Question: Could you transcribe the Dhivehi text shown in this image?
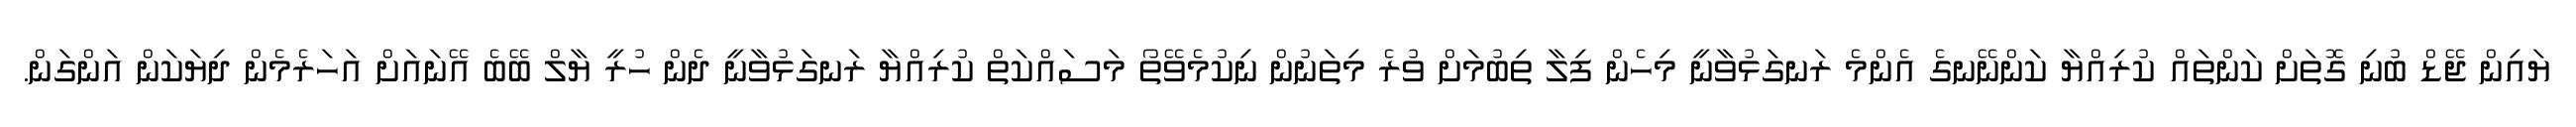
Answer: ޔައިން ޖޭޑް ބުނި ގޮތަށް ކަންތައް ކުރިއްޔާ ކަންނޭނގެ އެންމެ ރަނގަޅުވާނީ މިހެން ފިލާ ތިބުމަށް ވުރެ މިތަނުން ނިކުމެވޭތޯ މަސައްކަތް ކުރިއްޔާ ރަނގަޅުވާނީ ދެން ހުރީ ޔާލް ބޭބެ އޭނައަށް އަހަރެމެން ދިޔަކަން އަންގަން.